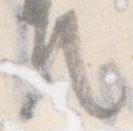
て